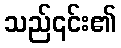
သည်၎င်း၏